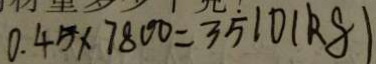
0 . 4 5 \times 7 8 0 0 = 3 5 1 0 ( k g )